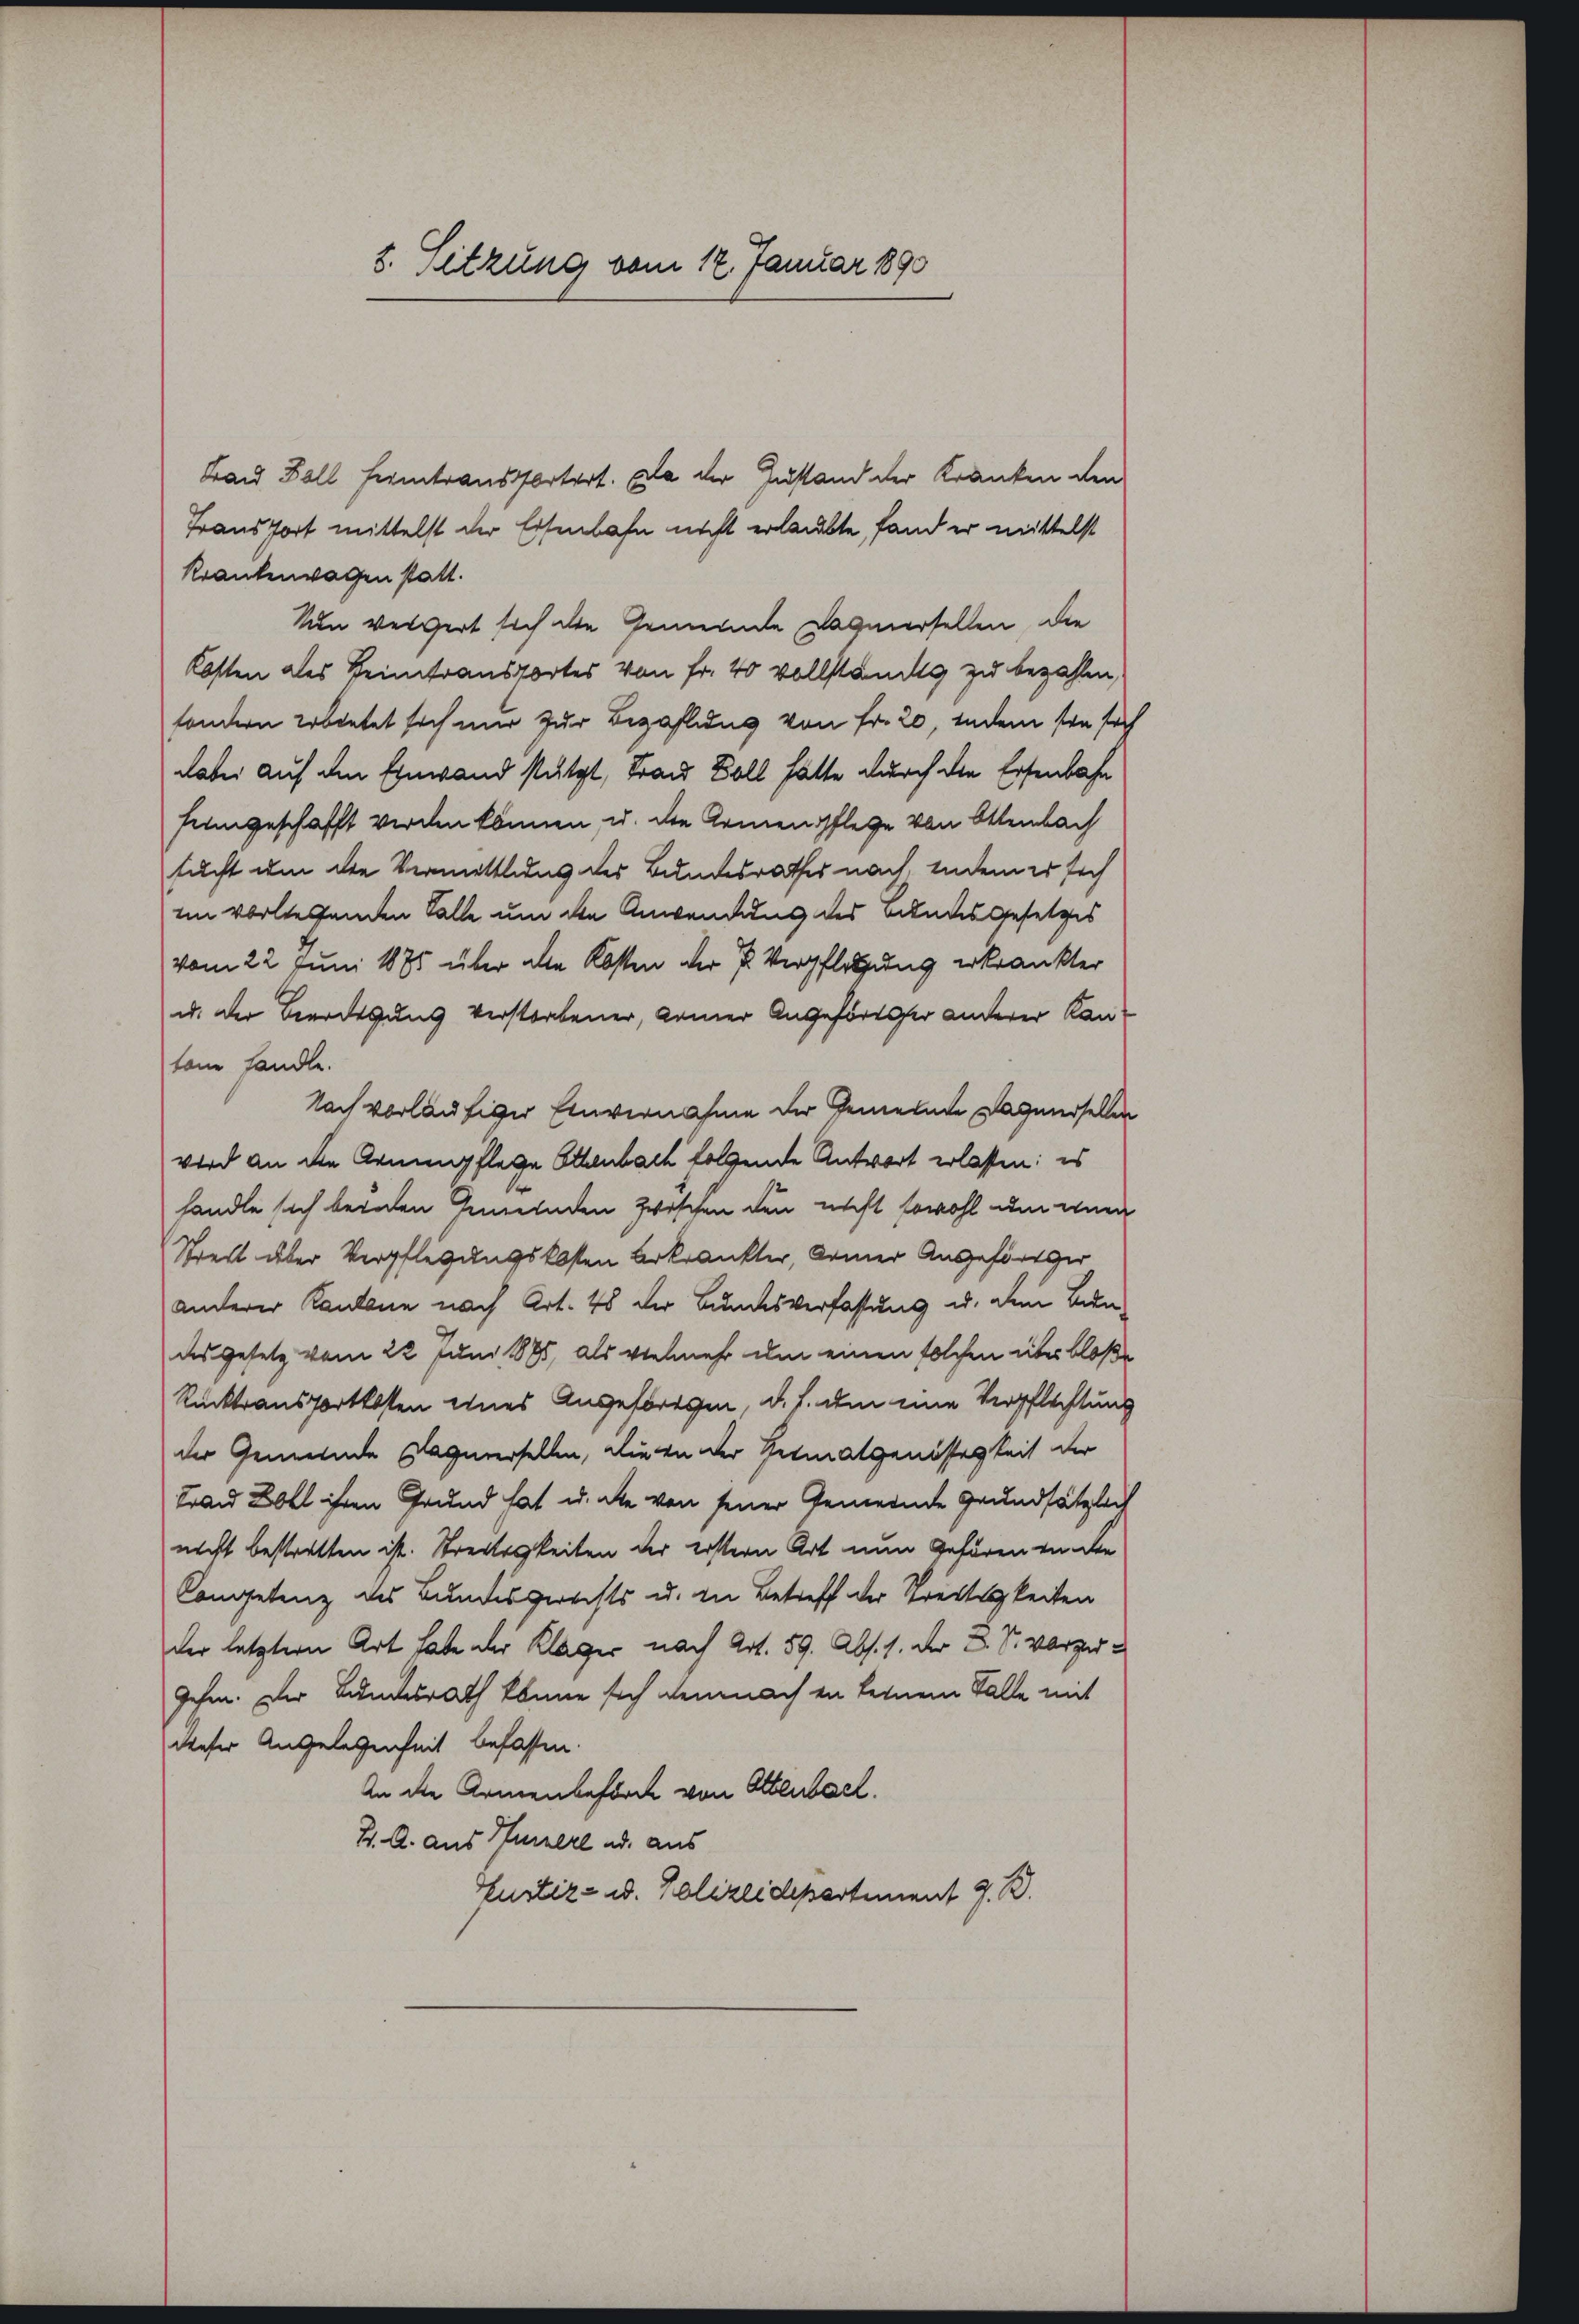
3. Sitzung vom 17. Januar 1890

Ban Fall ferntransportert. Da der Zustand der Kranken den
Transfort mittelst der Eisenbahn nicht erlaubte, fand er mittelst
Krankenwagen statt.
Nun vergert sich die Gemeinde Wagnersellen, die
Kosten des Heimtransportes von Fr. 40 vollständig zu bezahlen,
sondern erbietet sich mir zur Bezahlung von Fr. 20, indem sie sich
dabei auf den Einwand stützt, Frau Boll hätte durch die Ersenbahn
hingeschafft werden können, u. die Armenpflege von Ottenbach
sucht um die Vermittlung des Bundesrathes nach, indem er sich
im vorliegenden Falle um die Anwendung des Bundesgesetzes
vom 22. Juni 1885 über die Kosten der P. Verpflegung erkrankter
u. der Beerdigung verstorbener, Kamer Angefordsher anderer Kantane handle.
Nach vorläufiger Einvernahme der Gemeinde Dagnerselben
wird an die Armenpflege Attenbach folgende Antwort erlassen: es
handle sich beinden Gemeinden zwischen den nicht sowohl um wurde
Streit über Verpflegungskosten bekränkter, Deiner Angeförder
anderer Kantone nach Art. 48 der Bundesverfassung u. den Bundesgesetz vom 22. Juni 1885, als vielmehr um einen solchen über bloße
Rücktransportkosten eines Angeforden, d. h. dem eine Verpflichtung
der Gemeinde Klagererselben, die an der Petmatgenössigkeit der
trand Zoll ihren Grund hat u. die von seiner Gemeinde Grundsätzlich
nicht bestratten ist. Streitigkeiten der erstern Art nun gehören in die
Competenz des Bundesgerechts u. in Betreff der Streitigkeiten
der letztern Art habe der Klager nach Art. 59. Abs. 1. der L. S. Vorgergehen. Der Bundesrath könne sich demnach in feinem Falle mit
dieser Angelegenheit befassen.
An die Armenbeförde von Ottenbach.
H. A. aus Kurzere ad aus
Gustiz- u. Polizeidepartement J. B.